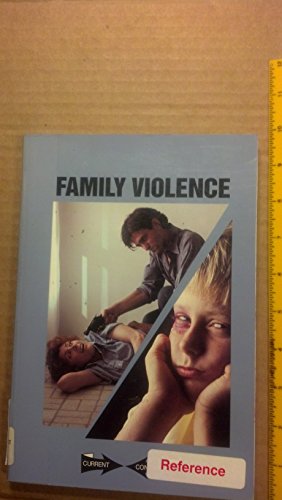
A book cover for Family Violence (Current Controversies); Teen & Young Adult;